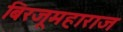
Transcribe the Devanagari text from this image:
बिरजूमहाराज